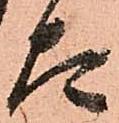
太